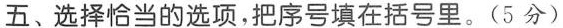
五、选择恰当的选项，把序号填在括号里。(5分)